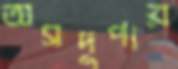
অসদুপায়